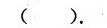
( ).